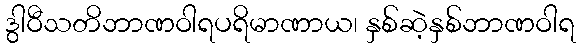
ဒွါဝီသတိဘာဏဝါရပရိမာဏာယ၊ နှစ်ဆဲ့နှစ်ဘာဏဝါရ